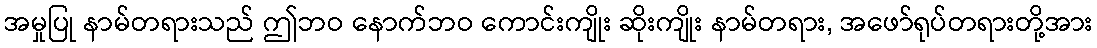
အမှုပြု နာမ်တရားသည် ဤဘဝ နောက်ဘဝ ကောင်းကျိုး ဆိုးကျိုး နာမ်တရား, အဖော်ရုပ်တရားတို့အား